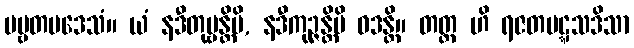
ပဗ္ဗတပဒေသံ။ ယံ နဒီတုမ္ဗန္တိပိ, နဒီကုဉ္ဇန္တိပိ ဝဒန္တိ။ တတ္ထ ဟိ ရဇတပဋ္ဋသဒိသာ